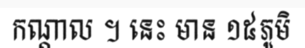
កណ្តាល ។ នេះ មាន ១៥ភូមិ